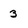
Character: 3